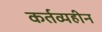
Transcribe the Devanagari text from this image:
कर्तव्यहीन